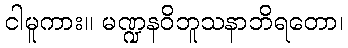
ငါမူကား။ မဏ္ဍနဝိဘူသနာဘိရတော၊